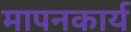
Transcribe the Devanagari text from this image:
मापनकार्य